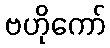
ဗဟိုကော်